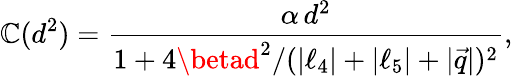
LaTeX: \mathbb{C}(d^{2})={\frac{{\alpha\, d^{2}}}{{1+4\betad^{2}/(|\ell_{4}|+|\ell_{5}|+|\vec{{q}}|)^{2}}}},